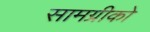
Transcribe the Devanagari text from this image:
सामग्रीको